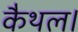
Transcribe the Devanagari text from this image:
कैथल।